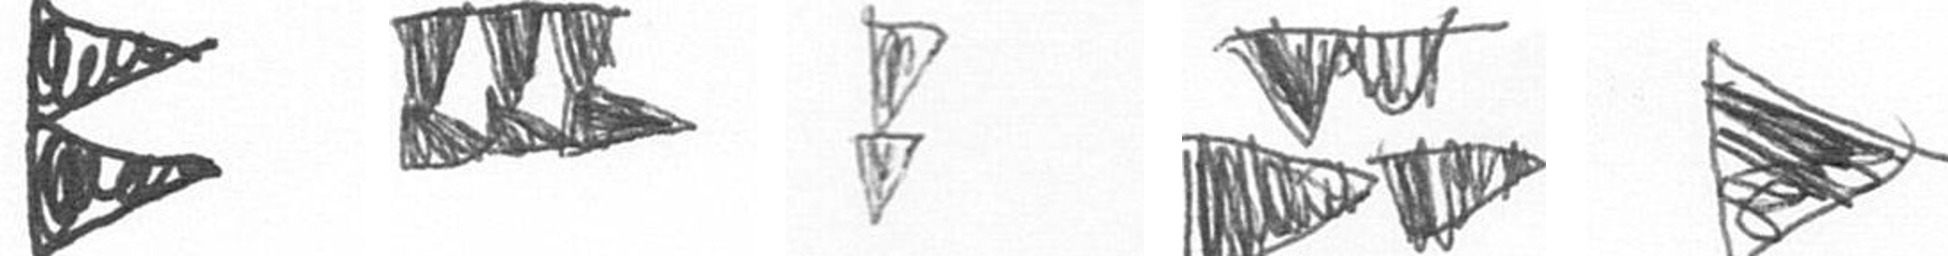
P D Z B T